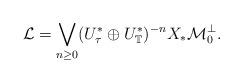
LaTeX: \begin{align*}\mathcal L=\bigvee_{n\geq 0}(U_\tau^*\oplus U_{\mathbb T}^*)^{-n}X_*\mathcal M_0^\perp.\end{align*}